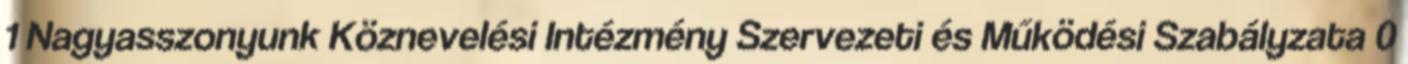
1 Nagyasszonyunk Köznevelési Intézmény Szervezeti és Működési Szabályzata 0